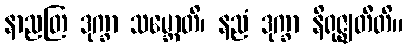
နာညတြ ဒုက္ခာ သမ္ဘောတိ၊ နညံ ဒုက္ခာ နိရုဇ္ဈတီတိ။